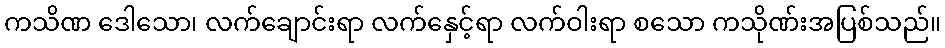
ကသိဏ ဒေါသော၊ လက်ချောင်းရာ လက်နှေင့်ရာ လက်ဝါးရာ စသော ကသိုဏ်းအပြစ်သည်။